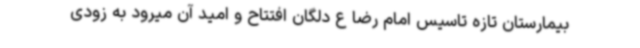
بیمارستان تازه تاسیس امام رضا ع دلگان افتتاح و امید آن میرود به زودی